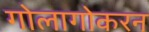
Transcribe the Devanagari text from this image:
गोलागोकरन